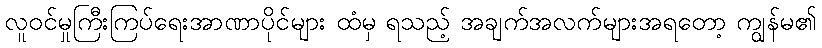
လူဝင်မှုကြီးကြပ်ရေးအာဏာပိုင်များ ထံမှ ရသည့် အချက်အလက်များအရတော့ ကျွန်မ၏